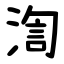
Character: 渹